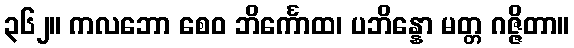
၃၆၂။ ကလဘော စေဝ ဘိင်္ကောထ၊ ပဘိန္နော မတ္တ ဂဇ္ဇိတာ။